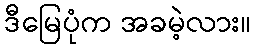
ဒီမြေပုံက အခမဲ့လား။